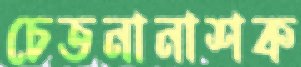
চেতনানাশক